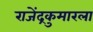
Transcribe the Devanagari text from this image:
राजेंद्रकुमारला